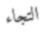
التجاء